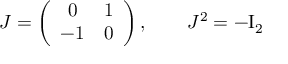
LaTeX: J = \left( \begin{array} { c c } { { 0 } } & { { 1 } } \\ { { - 1 } } & { { 0 } } \end{array} \right) , \qquad J ^ { 2 } = - \mathrm { I } _ { 2 }